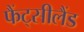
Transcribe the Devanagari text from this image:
फैंट्सीलैंड